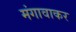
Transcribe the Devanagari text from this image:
मंगावाकर